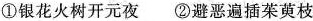
①银花火树开元夜②避恶遍插茱萸枝